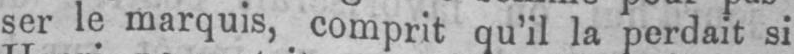
ser le marquis, comprit qu’il la perdait si